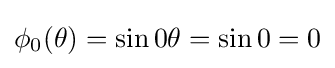
\phi _{0}(\theta )=\sin 0\theta =\sin 0=0